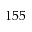
1 5 5